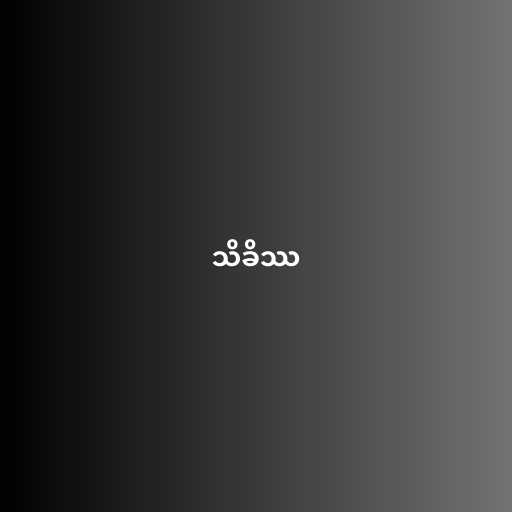
သိခိဿ